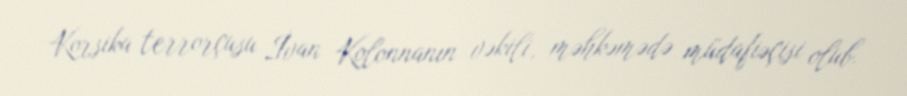
Korsika terrorçusu İvan Kolonnanın vəkili, məhkəmədə müdafiəçisi olub.